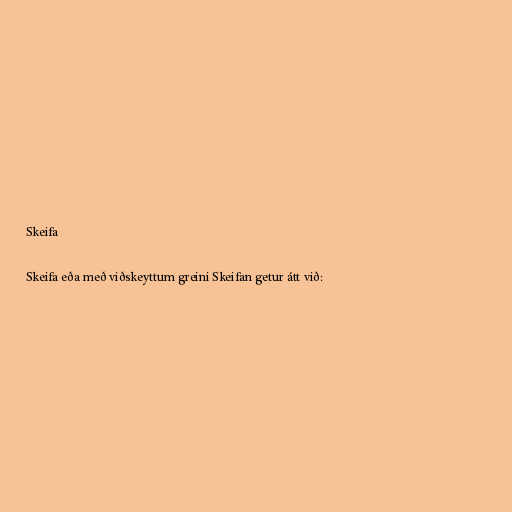
Skeifa

Skeifa eða með viðskeyttum greini Skeifan getur átt við: